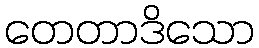
တေတာဒိသော